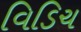
વિડિચ